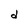
Character: d